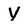
Character: Y